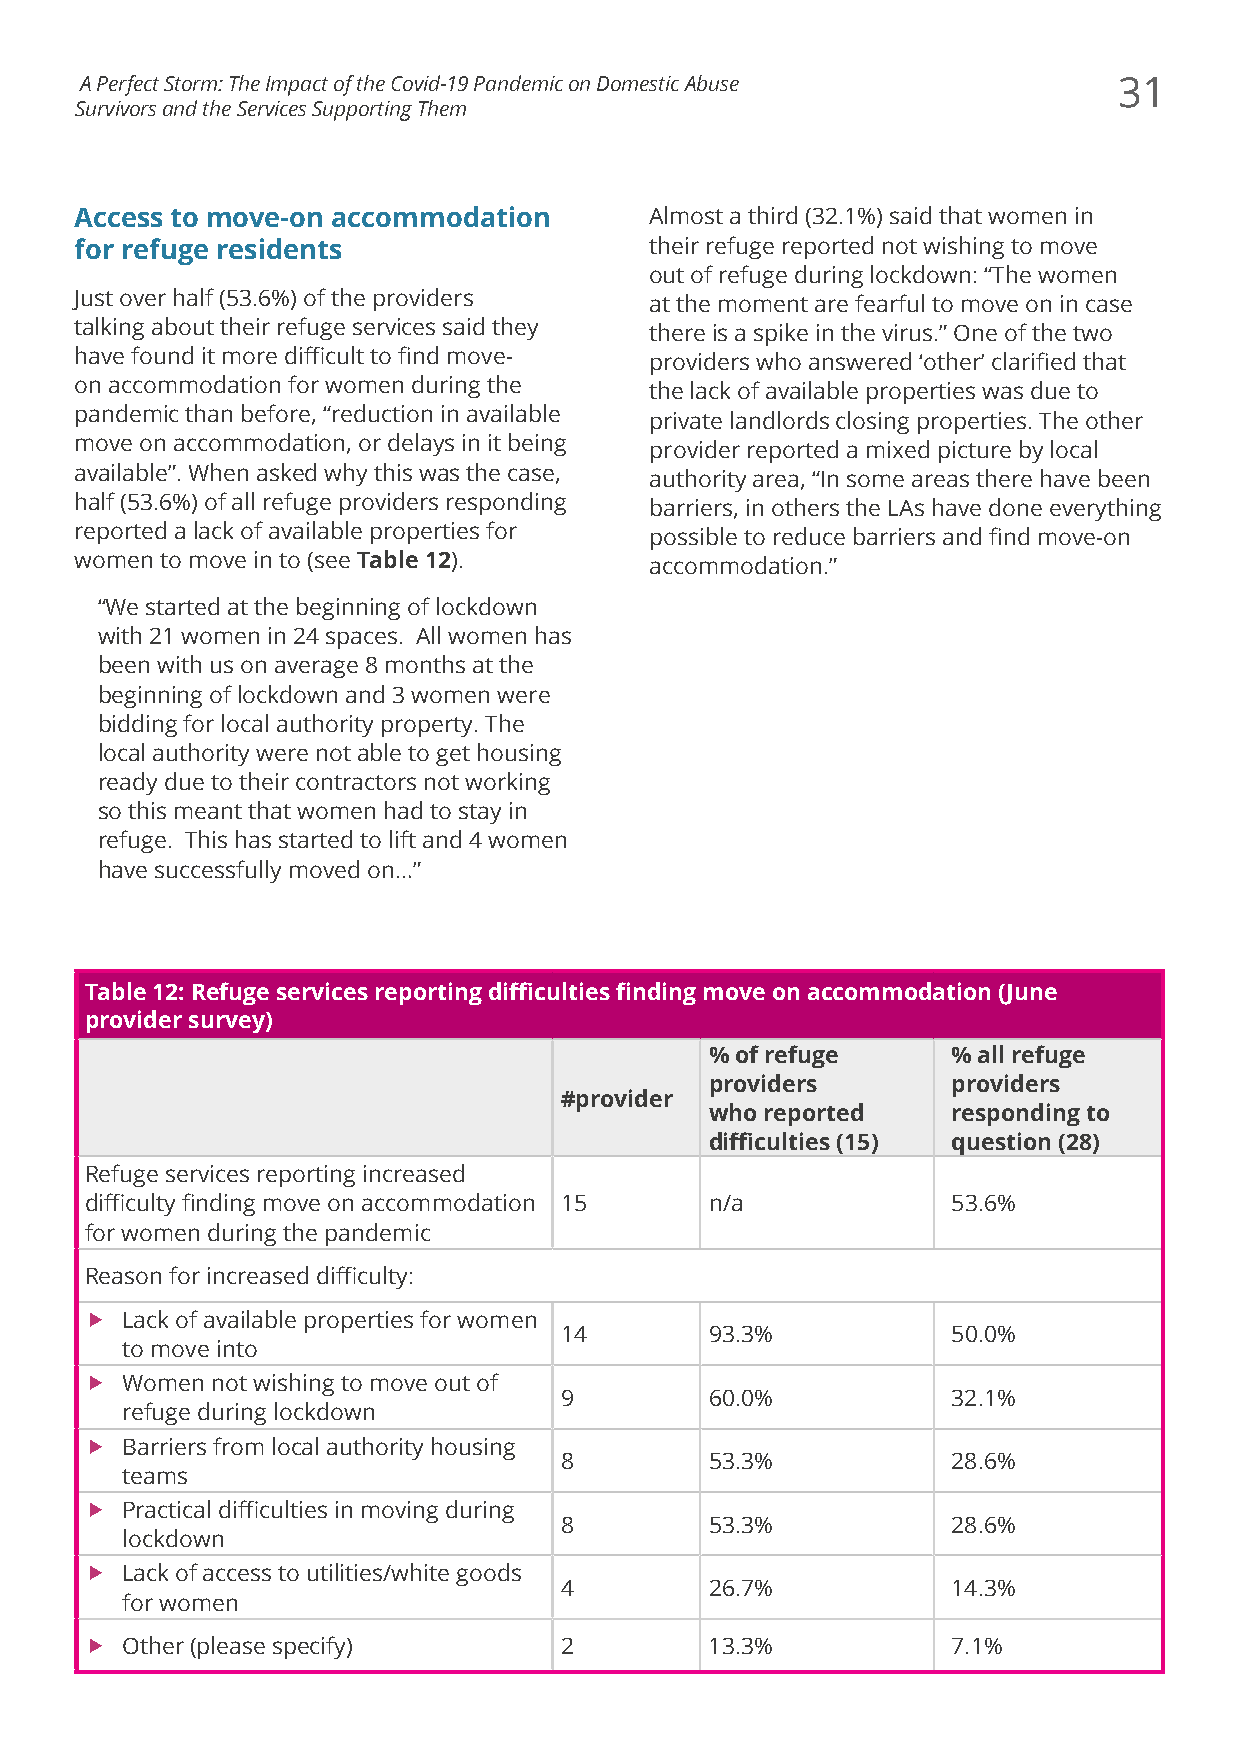
A Perfect Storm: The Impact of the Covid-19 Pandemic on Domestic Abuse 31
 Survivors and the Services Supporting Them
 Access to move-on accommodation       Almost a third (32.1%) said that women in
 for refuge residents                  their refuge reported not wishing to move
 out of refuge during lockdown: “The women
 Just over half (53.6%) of the providers
 at the moment are fearful to move on in case
 talking about their refuge services said they
 there is a spike in the virus.” One of the two
 have found it more difficult to find move-
 providers who answered ‘other’ clarified that
 on accommodation for women during the
 the lack of available properties was due to
 pandemic than before, “reduction in available
 private landlords closing properties. The other
 move on accommodation, or delays in it being
 provider reported a mixed picture by local
 available”. When asked why this was the case,
 authority area, “In some areas there have been
 half (53.6%) of all refuge providers responding
 barriers, in others the LAs have done everything
 reported a lack of available properties for
 possible to reduce barriers and find move-on
 women to move in to (see Table 12).   accommodation.”
 “We started at the beginning of lockdown
 with 21 women in 24 spaces. All women has
 been with us on average 8 months at the
 beginning of lockdown and 3 women were
 bidding for local authority property. The
 local authority were not able to get housing
 ready due to their contractors not working
 so this meant that women had to stay in
 refuge. This has started to lift and 4 women
 have successfully moved on…”
 Table 12: Refuge services reporting difficulties finding move on accommodation (June
 provider survey)
 % of refuge     % all refuge
 providers       providers
 #provider
 who reported    responding to
 difficulties (15) question (28)
 Refuge services reporting increased
 difficulty finding move on accommodation 15 n/a          53.6%
 for women during the pandemic
 Reason for increased difficulty:
 f Lack of available properties for women
 14        93.3%           50.0%
 to move into
 f Women not wishing to move out of
 9         60.0%           32.1%
 refuge during lockdown
 f Barriers from local authority housing
 8         53.3%           28.6%
 teams
 f Practical difficulties in moving during
 8         53.3%           28.6%
 lockdown
 f Lack of access to utilities/white goods
 4         26.7%           14.3%
 for women
 f Other (please specify)       2         13.3%           7.1%